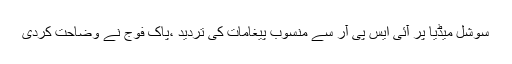
سوشل میڈیا پر آئی ایس پی آر سے منسوب پیغامات کی تردید ،پاک فوج نے وضاحت کردی